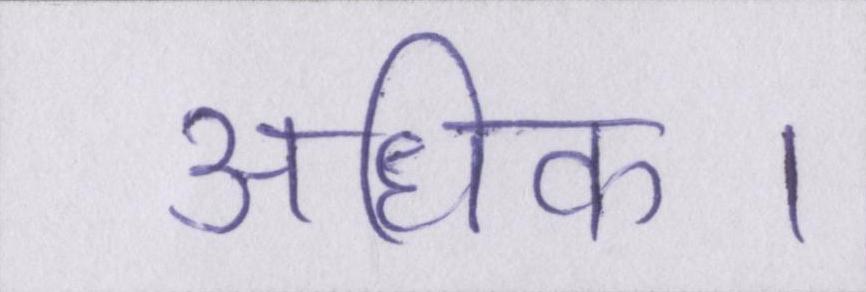
अधिक।